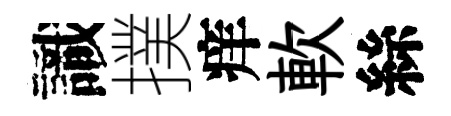
識撲痒軟絲